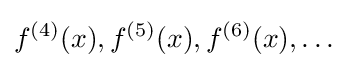
f^{(4)}(x),f^{(5)}(x),f^{(6)}(x),\ldots